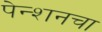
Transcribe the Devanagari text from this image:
पेन्शनचा